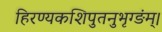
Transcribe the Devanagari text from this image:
हिरण्यकशिपुतनुभृग्ङंम्।